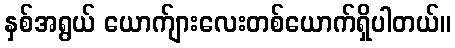
နှစ်အရွယ် ယောက်ျားလေးတစ်ယောက်ရှိပါတယ်။